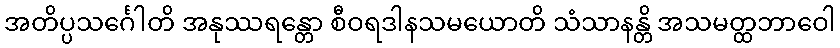
အတိပ္ပသင်္ဂေါတိ အနုဿရန္တော စီဝရဒါနသမယောတိ သံသာနန္တိ အသမတ္ထဘာဝေါ